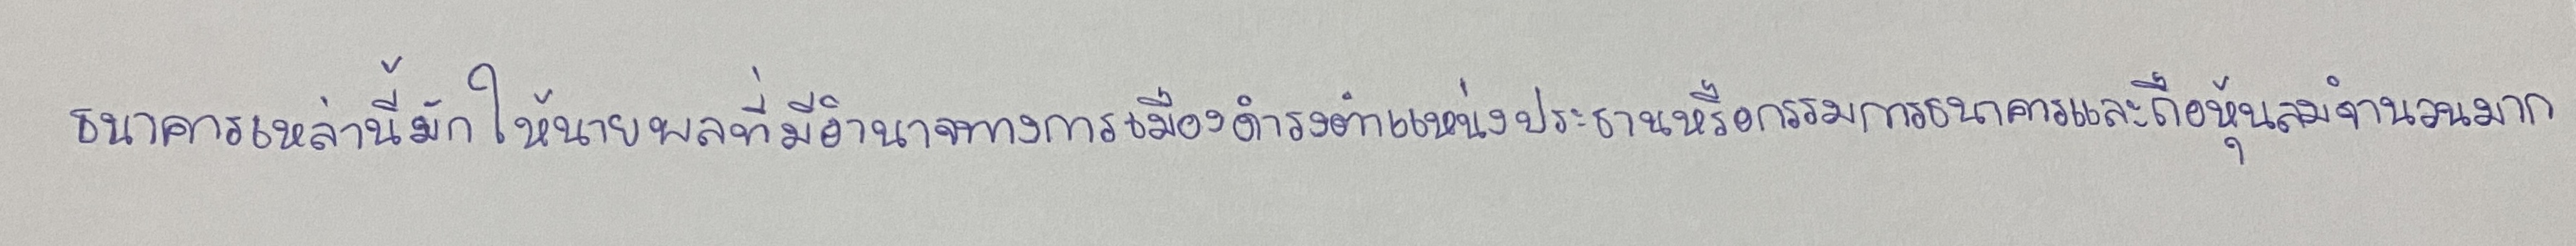
ธนาคารเหล่านี้มักให้นายพลที่มีอำนาจทางการเมืองดำรงตำแหน่งประธานหรือกรรมการธนาคารและถือหุ้นลมจำนวนมาก